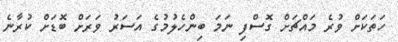
ހަތަކަށް ވުރެ މައްޗަށް ގޮސްފި ނަމަ ބިންހެލުމުގެ އަސަރު ވަރަށް ބޮޑަށް ކުރާނެ